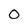
Character: 0